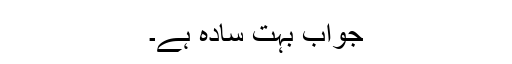
جواب بہت سادہ ہے۔